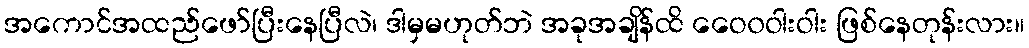
အကောင်အထည်ဖော်ပြီးနေပြီလဲ၊ ဒါမှမဟုတ်ဘဲ အခုအချိန်ထိ ဝေေ၀ဝါးဝါး ဖြစ်နေတုန်းလား။